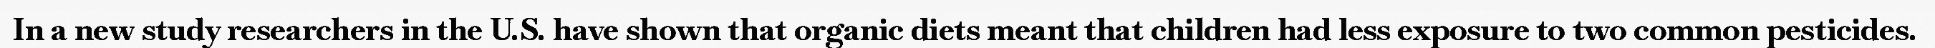
In a new study researchers in the U.S. have shown that organic diets meant that children had less exposure to two common pesticides.